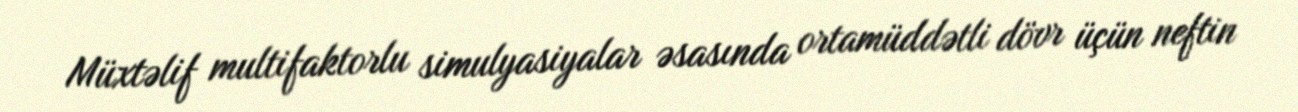
Müxtəlif multifaktorlu simulyasiyalar əsasında ortamüddətli dövr üçün neftin